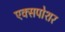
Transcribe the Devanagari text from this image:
एक्सपोशर